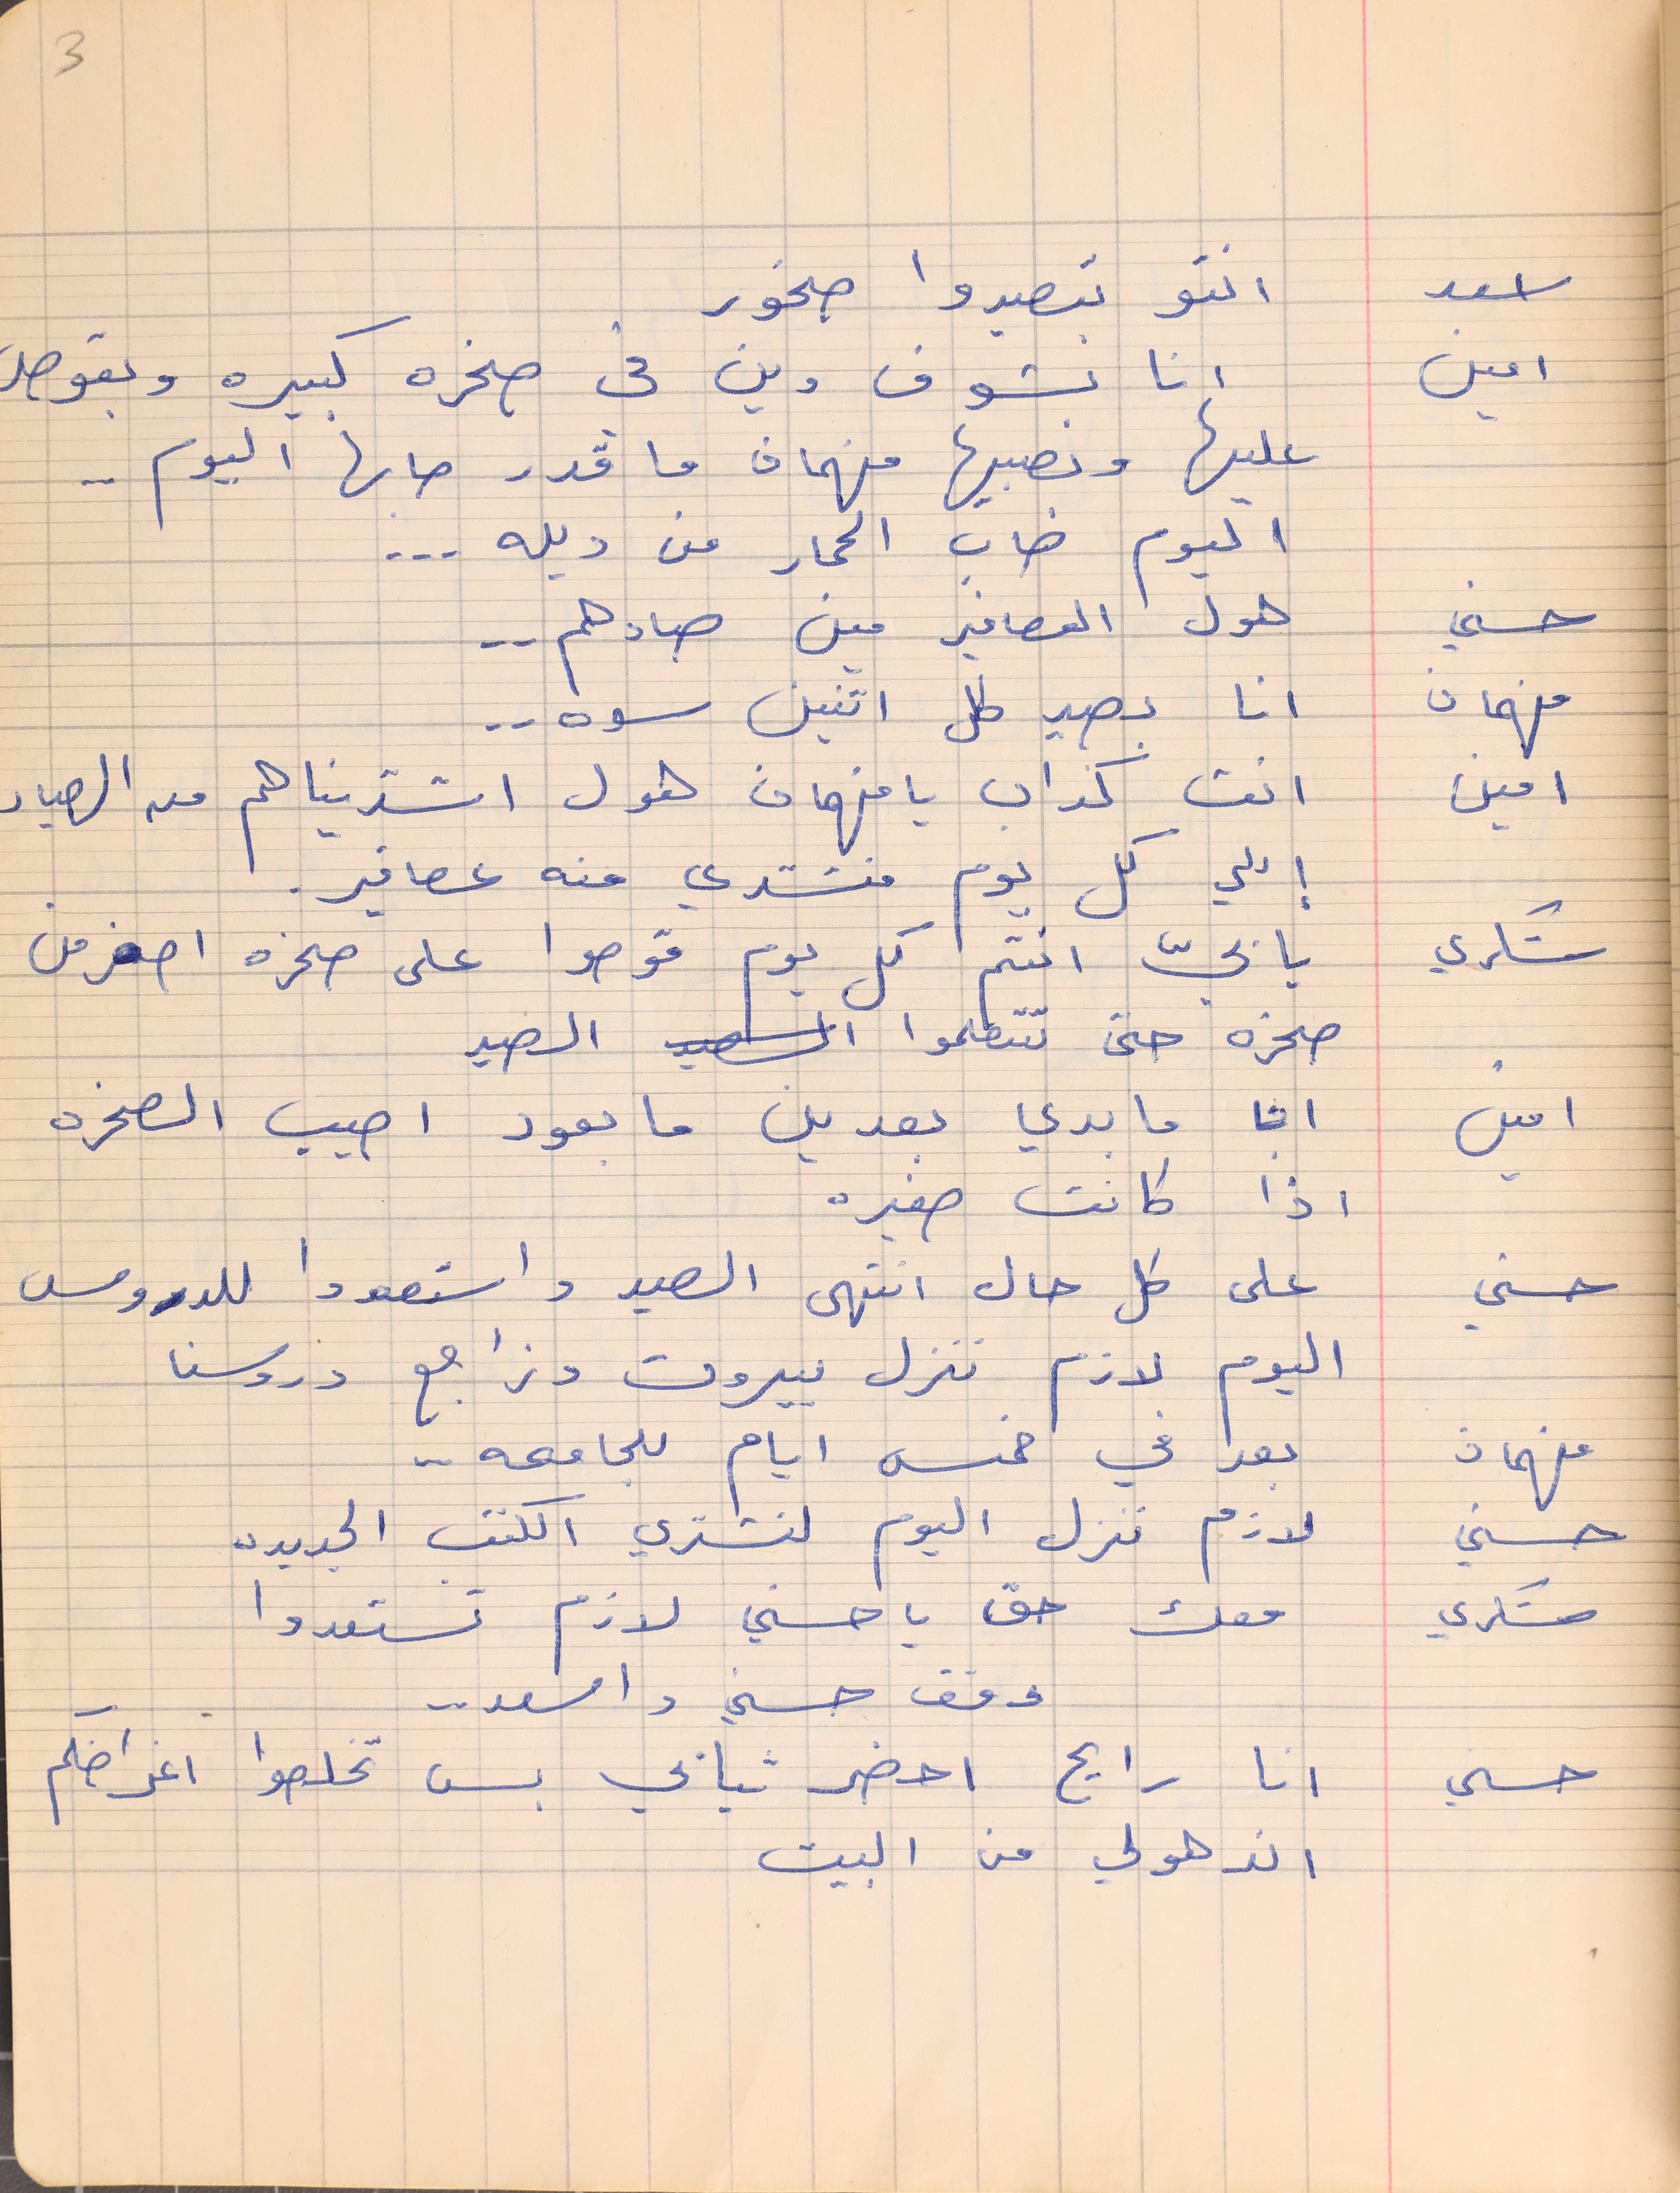
اسعد    انتو بتصيدوا صخور
امين       انا بشوف وين في صخره كبيره وبقوص
عليها وبصيبها فهمان ما قدر صابها اليوم . .
اليوم صاب الحمار من ديله . . .
حسني     هول العصافير مين صادهم . .
فهمان           انا بصيد كل اتنين سوه . .
امين      انت كذاب يا فهمان هول اشتريناهم من الصياد
شكري يا بيّ انتم كل يوم قوصوا على صخره اصغر من
صخره حتى تتعلموا الصيد
امين       انا ما بدي بعدين ما بعود اصيب الصخره
اذا كانت صغيره
حسني     على كل حال انتهى الصيد واستعدوا للدروس
اليوم لازم ننزل بيروت ونراجع دروسنا
فهمان      بعد في خمس ايام للجامعه . .
حسني          لازم ننزل اليوم لنشتري الكتب الجديده
شكري    معك حق يا حسني لازم تستعدوا
حسني       انا رايح احضر تيابي بس تخلصوا اغراضكم
اندهولي من البيت
3
إللي كل يوم منشتري منه عصافير.
وقف حسني واسعد . .